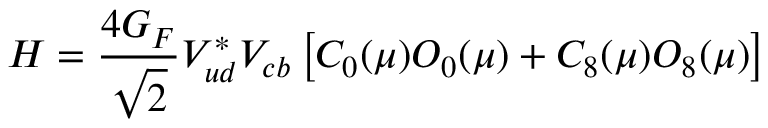
{ \cal H } = { \frac { 4 G _ { F } } { \sqrt 2 } } V _ { u d } ^ { * } V _ { c b } \left[ C _ { 0 } ( \mu ) O _ { 0 } ( \mu ) + C _ { 8 } ( \mu ) O _ { 8 } ( \mu ) \right]